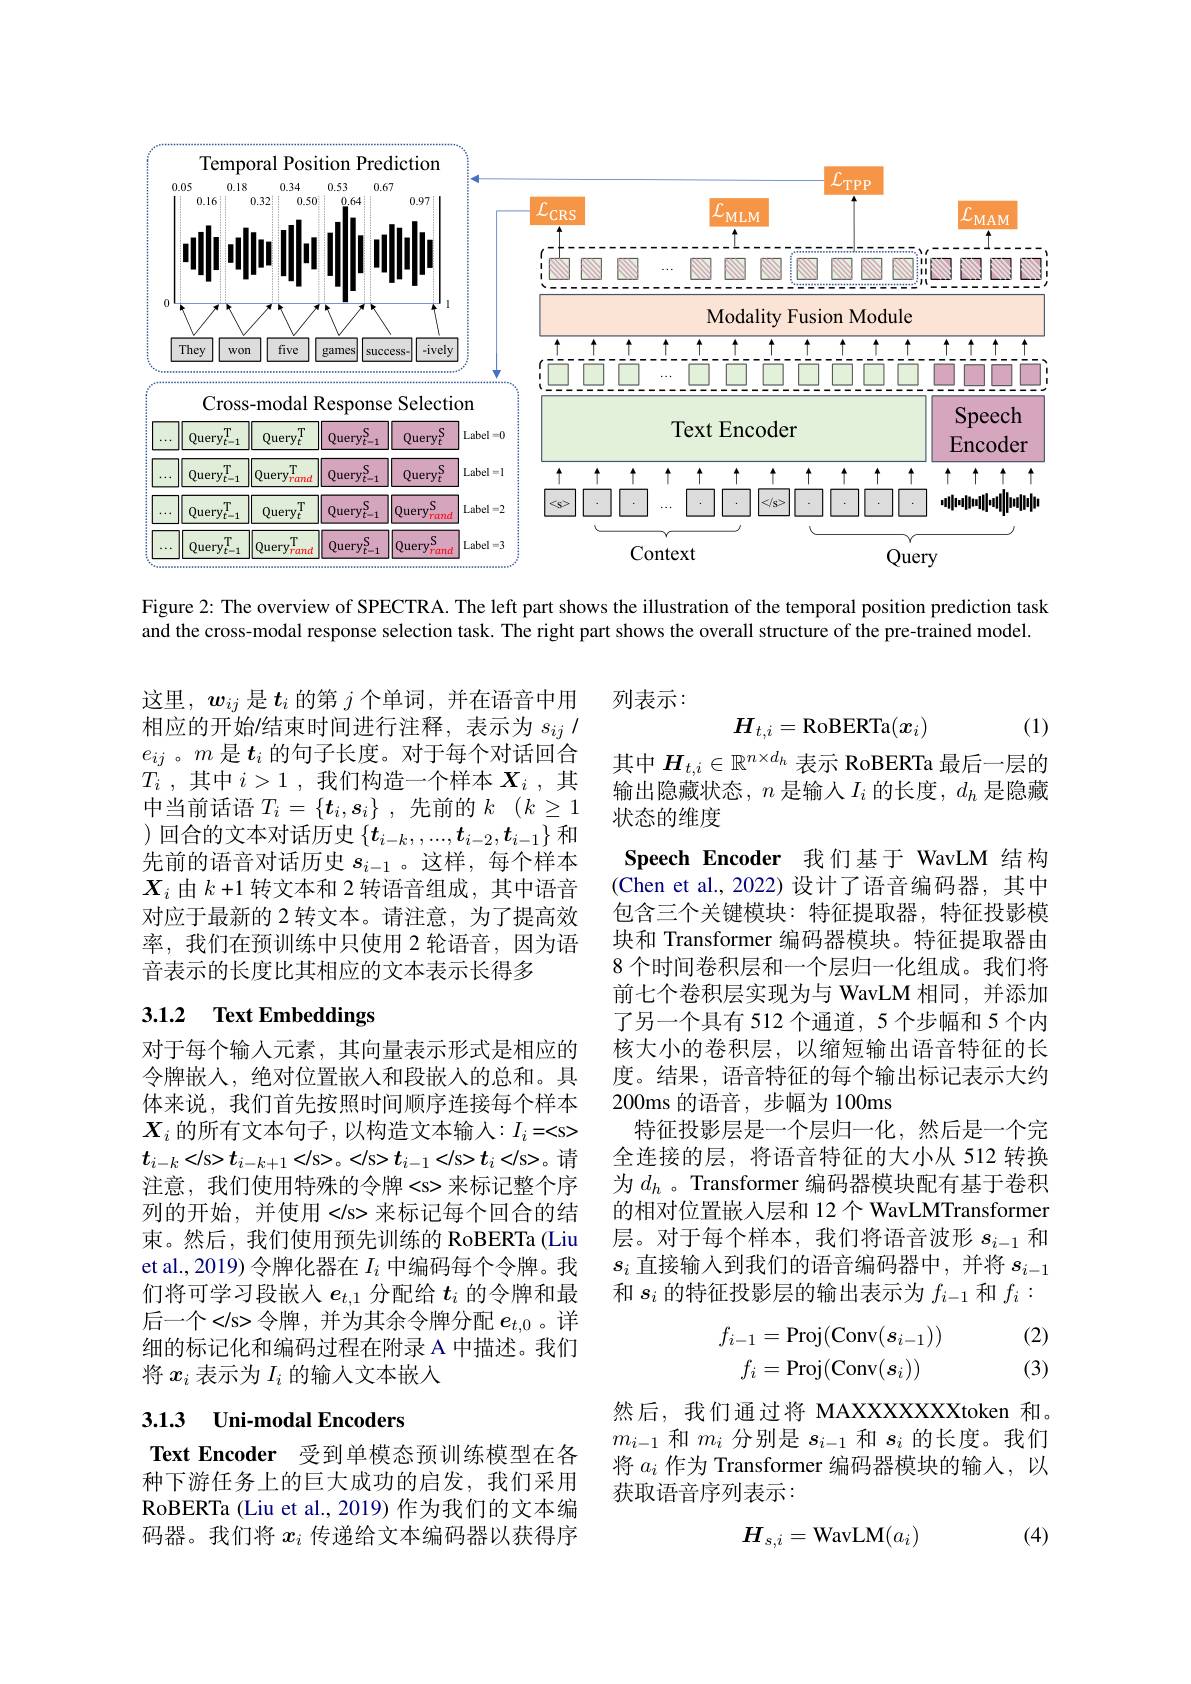
<FigureHere>

Figure 2: The overview of SPECTRA. The left part shows the illustration of the temporal position prediction task and the cross-modal response selection task. The right part shows the overall structure of the pre-trained model.

列表示：

$\boldsymbol{H}_{t,i}=$RoBERTa$(\boldsymbol x_i)$

(1)

这里，$w_{ij}$是$t_i$的第$j$个单词，并在语音中用相应的开始$\prime$结束时间进行注释，表示为$s_ij/$ $e_{ij}$。$m$是$t_i$的句子长度。对于每个对话回合$T_i$ ,其中$i> 1$ ,我们构造一个样本$X_i$ ,其中当前话语$T_i=\{\boldsymbol{t}_i,\boldsymbol{s}_i\}$ ,先前的$k$ $( k\geq 1$ ) 回合的文本对话历史$\{t_i-k,,...,t_{i-2},t_{i-1}\}$和先前的语音对话历史$s_{i-1}$ 。这样，每个样本$X_i$由$k+1$转文本和 2 转语音组成，其中语音对应于最新的 2 转文本。请注意，为了提高效率，我们在预训练中只使用 2 轮语音，因为语音表示的长度比其相应的文本表示长得多

# 3.1.2 Text Embeddings

其中$H_{t,i}\in\mathbb{R}^{n\times d_h}$表示 RoBERTa 最后一层的输出隐藏状态，$n$是输入$I_i$的长度，$d_h$是隐藏状态的维度
Speech Encoder 我们基于 WavLM 结构(Chen et al.,2022)设计了语音编码器，其中包含三个关键模块：特征提取器，特征投影模块和 Transformer 编码器模块。特征提取器由8 个时间卷积层和一个层归一化组成。我们将前七个卷积层实现为与 WavLM 相同，并添加了另一个具有 512 个通道，5 个步幅和 5 个内核大小的卷积层，以缩短输出语音特征的长度。结果，语音特征的每个输出标记表示大约200ms 的语音，步幅为 100ms
特征投影层是一个层归一化，然后是一个完全连接的层，将语音特征的大小从 512 转换为$d_h$ 。Transformer 编码器模块配有基于卷积的相对位置嵌入层和 12个 WavLMTransformer 层。对于每个样本，我们将语音波形$s_i-1$和$s_i$直接输入到我们的语音编码器中，并将$s_i-1$ 和$s_i$的特征投影层的输出表示为$f_i-1$和$f_i:$

对于每个输人元素，其向量表示形式是相应的令牌嵌入，绝对位置嵌人和段嵌入的总和。具体来说，我们首先按照时间顺序连接每个样本$X_i$ 的所有文本句子，以构造文本输入$:I_i=
$ $t_{i-k}
t_{i-k+1}
。
t_{i-1}
t_{i}
$。请注意，我们使用特殊的令牌
来标记整个序列的开始，并使用
来标记每个回合的结束。然后，我们使用预先训练的 RoBERTa (Liu et al., 2019) 令牌化器在$I_i$中编码每个令牌。我们将可学习段嵌入$e_{t,1}$分配给$t_i$的令牌和最后一个
令牌，并为其余令牌分配$e_t,0$。详细的标记化和编码过程在附录 A 中描述。我们将$x_i$表示为$I_i$的输人文本嵌入
$$\begin{aligned}f_{i-1}&=\mathrm{Proj}(\mathrm{Conv}(s_{i-1}))\\f_{i}&=\mathrm{Proj}(\mathrm{Conv}(s_{i}))\end{aligned}$$
(2) (3)

# 3.1.3 Uni-modal Encoders

然后，我们通过将 MAXXXXXXXtoken 和。$m_{i-1}$和$m_i$分别是$s_i-1$和$s_i$的长度。我们将$a_i$作为 Transformer 编码器模块的输入，以获取语音序列表示：

Text Encoder 受到单模态预训练模型在各种下游任务上的巨大成功的启发，我们采用RoBERTa (Liu et al., 2019) 作为我们的文本编码器。我们将$x_i$传递给文本编码器以获得序

(4)
$$H_{s,i}=\text{WavLM}(a_i)$$